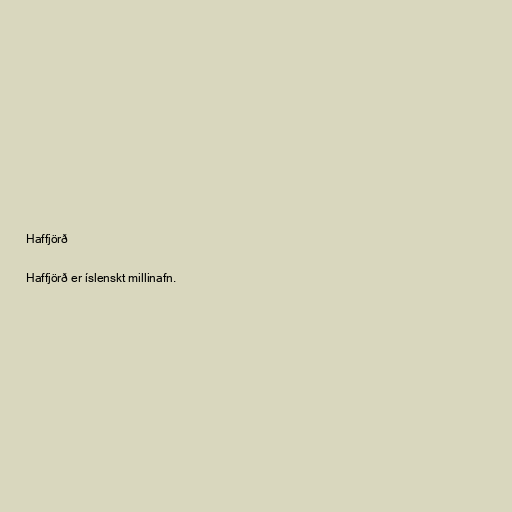
Haffjörð

Haffjörð er íslenskt millinafn.